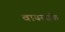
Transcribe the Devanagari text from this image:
वायरसके